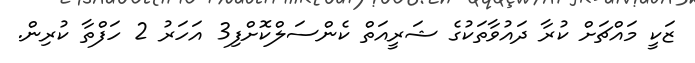
ޒަކީ މައްޗަށް ކުރާ ދައުވާތަކުގެ ޝަރީއަތް ކެންސަލްކޮށްފި3 އަހަރު 2 ހަފްތާ ކުރިން.